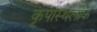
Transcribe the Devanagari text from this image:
कृपास्थलीक